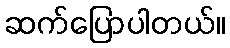
ဆက်ပြောပါတယ်။